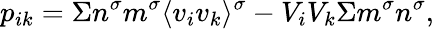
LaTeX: p_{ik}=\Sigma n^{\sigma}m^{\sigma}\langle v_{i}v_{k}\rangle^{\sigma}-V_{i}V_{k}\Sigma m^{\sigma}n^{\sigma},